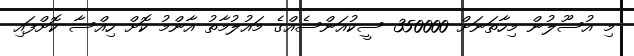
މި އުސޫލުން މިހާތަނަށް 350000 ސީކުއަންސެއްގެ މައުލުމާތު އާންމު ކޮށް ހިއްސާ ކޮށްފައި